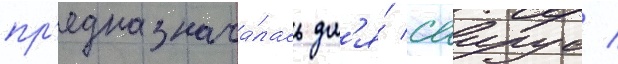
пр'едназнача́лась дл'я́ саирус /